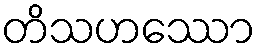
တိသဟဿော